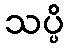
သပ္ပိ